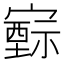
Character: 𡫚